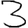
Digit: 3